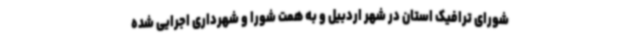
شورای ترافیک استان در شهر اردبیل و به همت شورا و شهرداری اجرایی شده